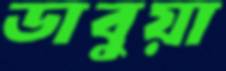
ডাবুয়া